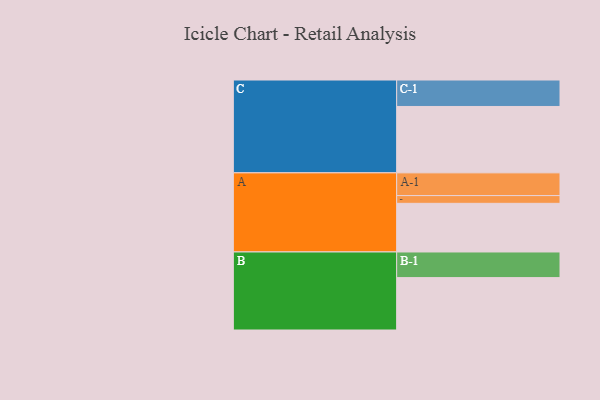
{"axis": {"x": "Segment", "y": "Value"}, "legend": ["", "A", "B", "C"], "data": [{"x": "A", "y": 351, "type": ""}, {"x": "B", "y": 378, "type": ""}, {"x": "C", "y": 479, "type": ""}, {"x": "A-1", "y": 164, "type": "A"}, {"x": "A-2", "y": 56, "type": "A"}, {"x": "B-1", "y": 185, "type": "B"}, {"x": "C-1", "y": 191, "type": "C"}]}